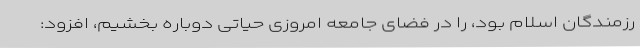
رزمندگان اسلام بود، را در فضای جامعه امروزی حیاتی دوباره بخشیم، افزود: